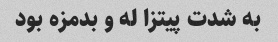
به شدت پیتزا له و بدمزه بود